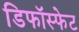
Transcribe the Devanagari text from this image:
डिफॉस्फेट